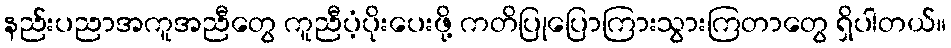
နည်းပညာအကူအညီတွေ ကူညီပံ့ပိုးပေးဖို့ ကတိပြုပြောကြားသွားကြတာတွေ ရှိပါတယ်။